Indian journal of veterinary science and animal husbandry - Volume 1,
Year: 1931
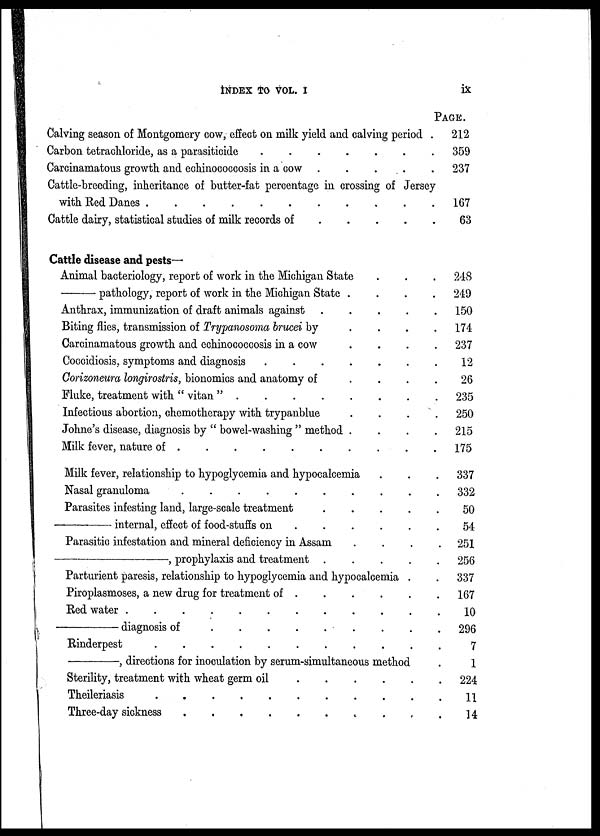
INDEX TO VOL. I
ix
Calving season of Montgomery cow, effect on milk yield and calving period .
Carbon tetrachloride, as a parasiticide
Carcinamatous growth and echinococcosis in a cow
....
Cattle-breeding, inheritance of butter-fat percentage in crossing of Jersey
with Red Danes
Cattle dairy, statistical studies of milk records of
.
.
. . .
Cattle disease and pests—
PAGE.
212
359
237
167
63
Animal bacteriology, report of work in the Michigan State . . .
—
pathology, report of work in the Michigan State .
.
.
.
Anthrax, immunization of draft animals against
Biting flies, transmission of Trypanosoma brucei by
. . . .
Carcinamatous growth and echinococcosis in a cow
. . . .
Coccidiosis, symptoms and diagnosis
Gorizoneura longirostris, bionomics and anatomy of
.
.
. .
Fluke, treatment with " vitan "
Infectious abortion, chemotherapy with trypanblue . . . .
Johne's disease, diagnosis by " bowel-washing " method . . . .
Milk fever, nature of
..........
Milk fever, relationship to hypoglycemia and hypocalcemia . . .
Nasal granuloma
Parasites infesting land, large-scale treatment
.
.
.
. .
—
internal, effect of food-stuffs on
.
.
.
. . .
Parasitic infestation and mineral deficiency in Assam . . . .
—,
prophylaxis and treatment .
.
.
. .
Parturient paresis, relationship to hypoglycemia and hypocalcemia . .
Piroplasmoses, a new drug for treatment of . . . . . .
Red water
—
diagnosis of
Rinderpest
..........
—,
directions for inoculation by serum-simultaneous method .
Sterility, treatment with wheat germ oil
Theileriasis
.
Three-day sickness
.
248
249
150
174
237
12
26
235
250
215
175
337
332
50
54
251
256
337
167
10
296
7
1
224
11
14